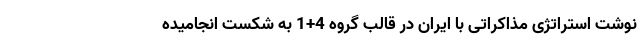
نوشت استراتژی مذاکراتی با ایران در قالب گروه 4+1 به شکست انجامیده